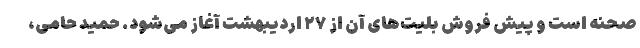
صحنه است و پیش فروش بلیت‌های آن از ۲۷ اردیبهشت آغاز می‌شود. حمید حامی،